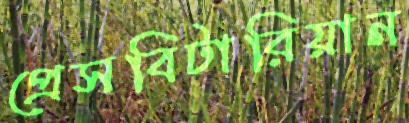
প্রেসবিটারিয়ান